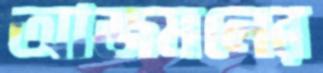
আজমলের